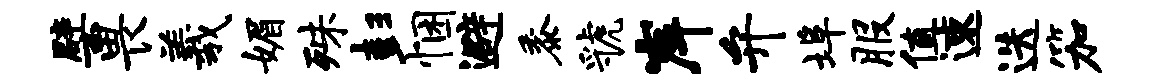
檗畏羲媚殊彭悃避黍虢岸弁埠服值速迭笳